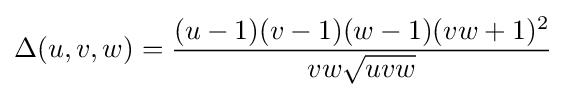
\Delta (u,v,w)={\frac {(u-1)(v-1)(w-1)(vw+1)^{2}}{vw{\sqrt {uvw}}}}